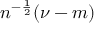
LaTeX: n ^ { - { \frac { 1 } { 2 } } } ( \nu - m )